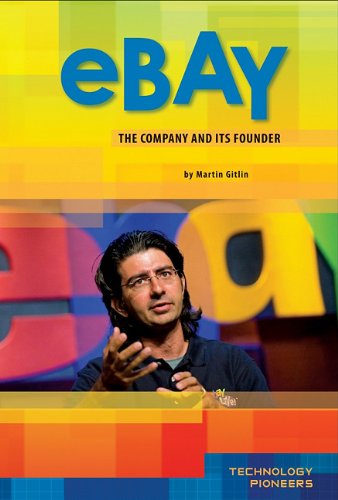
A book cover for Ebay: Company and Its Founder (Technology Pioneers); Martin Gitlin; Children's Books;